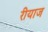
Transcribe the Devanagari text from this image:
रीयाज